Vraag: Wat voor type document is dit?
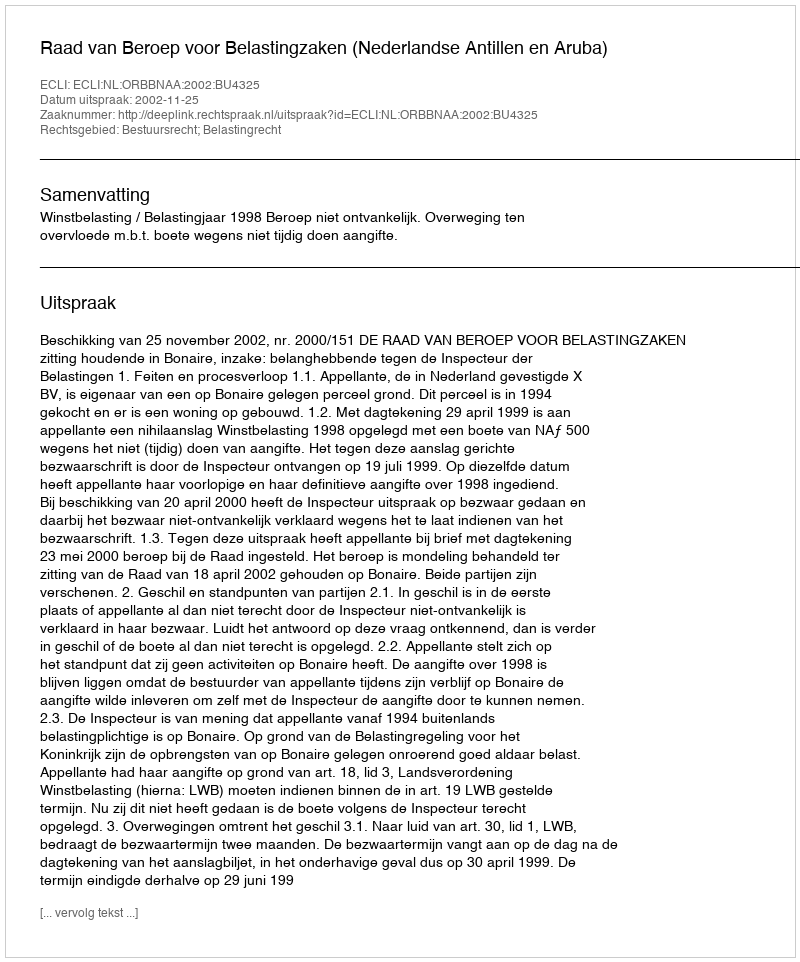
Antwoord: Uitspraak